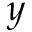
y